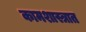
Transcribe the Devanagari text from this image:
कामशास्त्रात